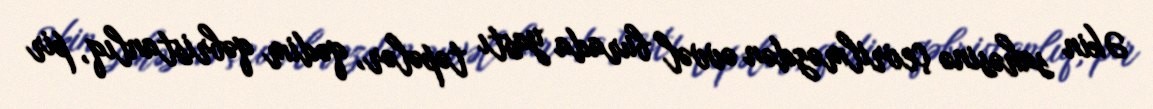
Əkin sahəsinə çevrilməzdən əvvəl burada yastı təpələr, qədim qəbristanlıq, pir